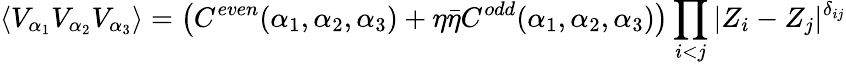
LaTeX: \langle V_{\alpha_{1}}V_{\alpha_{2}}V_{\alpha_{3}}\rangle=\left(C^{even}(\alpha_{1},\alpha_{2},\alpha_{3})+\eta\bar{\eta}C^{odd}(\alpha_{1},\alpha_{2},\alpha_{3})\right)\prod_{i<j}|Z_{i}-Z_{j}|^{\delta_{ij}}